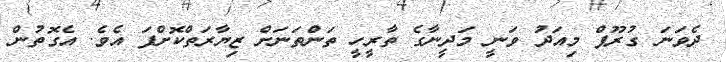
ދެވަނަ ގުރޫޕް މިއަދު ވަނީ މަދީނާގެ ތާރީހީ ތަންތަނަށް ޒިޔާރަތްކޮށްފަ އެވެ. އެގޮތުން